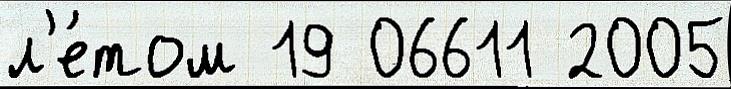
л'е́том 19 06611 2005